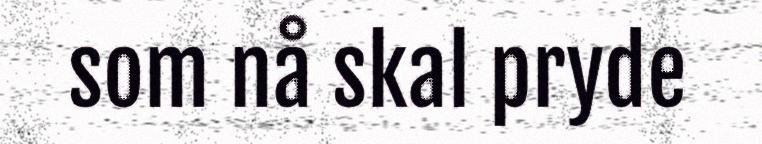
som nå skal pryde